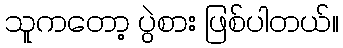
သူကတော့ ပွဲစား ဖြစ်ပါတယ်။